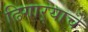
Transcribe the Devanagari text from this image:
ढिगार्‍याचे